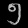
Digit: ၅